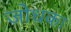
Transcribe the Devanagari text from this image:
जोधका